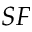
S F